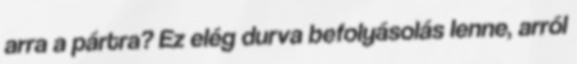
arra a pártra? Ez elég durva befolyásolás lenne, arról